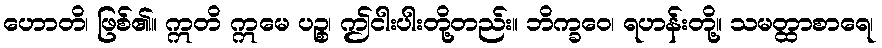
ဟောတိ၊ ဖြစ်၏။ ဣတိ ဣမေ ပဉ္စ၊ ဤငါးပါးတို့တည်း။ ဘိက္ခဝေ၊ ရဟန်းတို့။ သမတ္ထာစာရေ၊